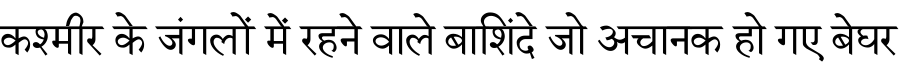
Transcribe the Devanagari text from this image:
कश्मीर के जंगलों में रहने वाले बाशिंदे जो अचानक हो गए बेघर